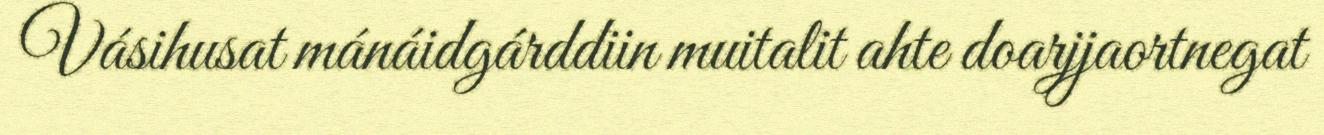
Vásihusat mánáidgárddiin muitalit ahte doarjjaortnegat